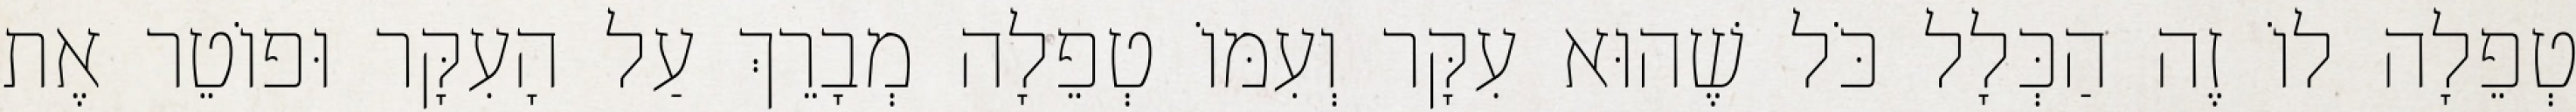
טְפֵלָה לוֹ זֶה הַכְּלָל כֹּל שֶׁהוּא עִקָּר וְעִמּוֹ טְפֵלָה מְבָרֵךְ עַל הָעִקָּר וּפוֹטֵר אֶת